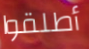
أطلقوا